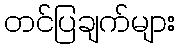
တင်ပြချက်များ